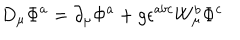
D _ { \mu } \Phi ^ { a } = \partial _ { \mu } \Phi ^ { a } + g \epsilon ^ { a b c } W _ { \mu } ^ { b } \Phi ^ { c }